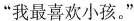
“我最喜欢小孩。”